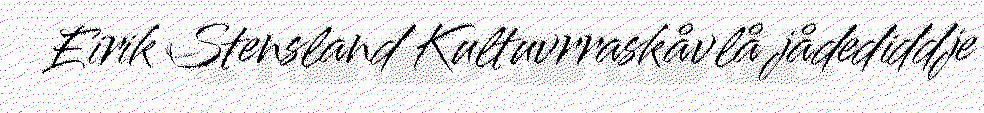
Eirik Stensland Kultuvrraskåvlå jådediddje